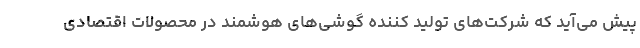
پیش می‌آید که شرکت‌های تولید کننده گوشی‌های هوشمند در محصولات اقتصادی